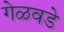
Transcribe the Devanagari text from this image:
गेळवडे